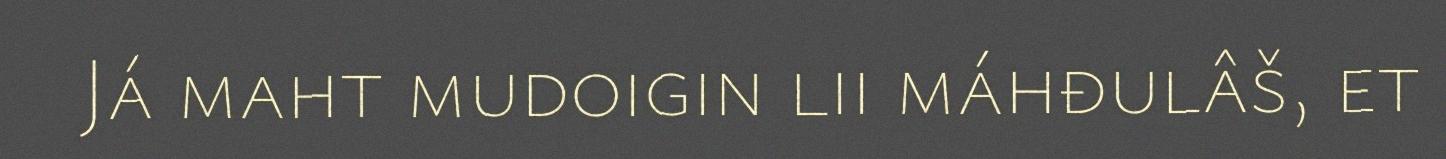
Já maht mudoigin lii máhđulâš, et